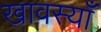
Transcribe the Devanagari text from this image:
खावस्याँ